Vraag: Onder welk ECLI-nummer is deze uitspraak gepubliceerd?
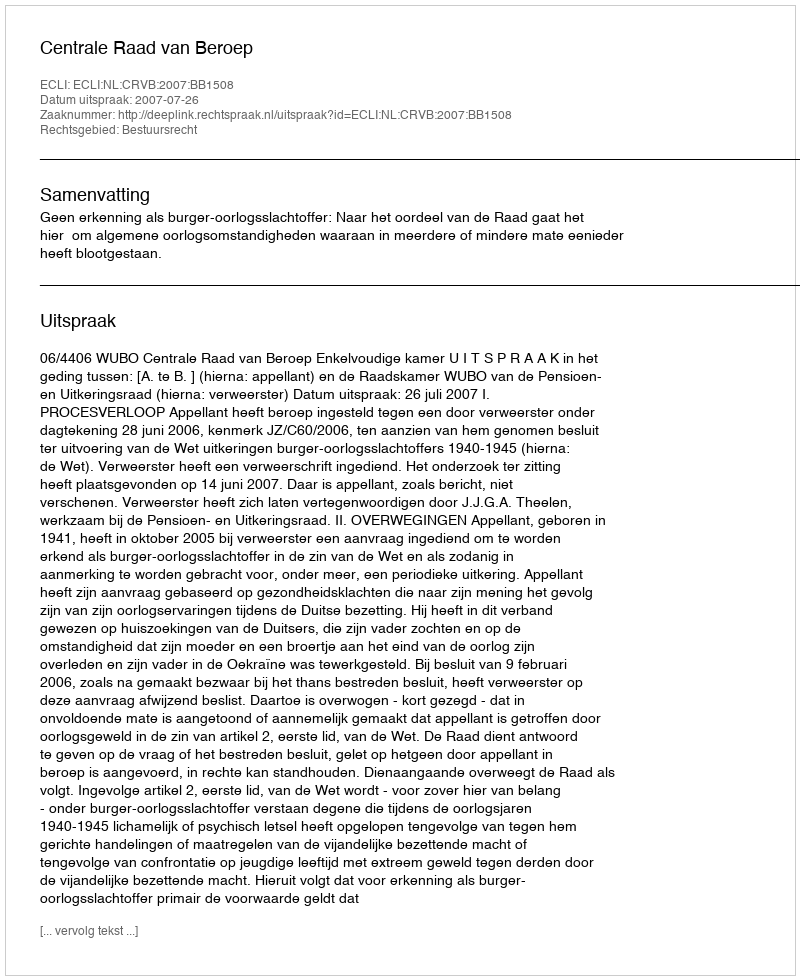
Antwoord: ECLI:NL:CRVB:2007:BB1508